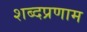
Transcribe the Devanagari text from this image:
शब्दप्रणाम